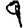
Digit: 9